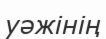
уәжінің